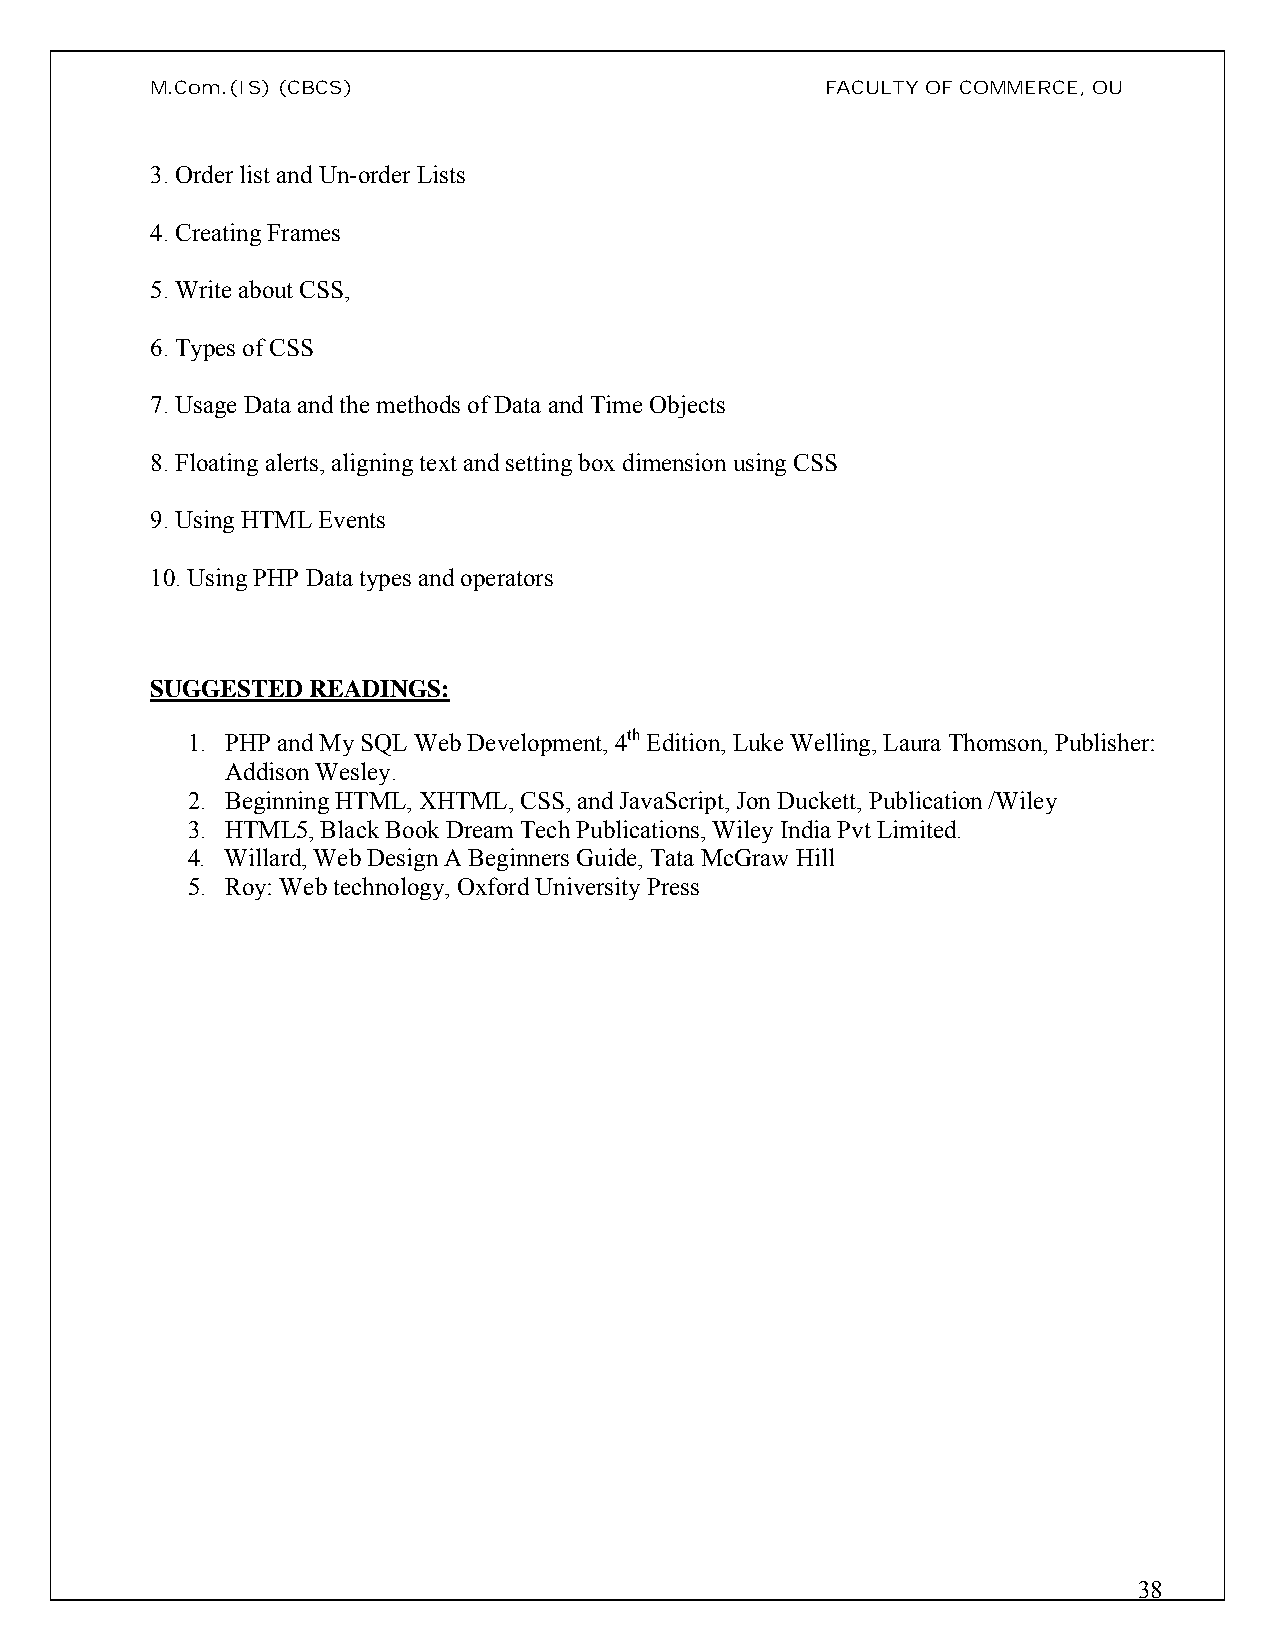
M.Com.(IS)(CBCS)                             FACULTY OF COMMERCE, OU
 3. Order list and Un-order Lists
 4. Creating Frames
 5. Write about CSS,
 6. Types of CSS
 7. Usage Data and the methods of Data and Time Objects
 8. Floating alerts, aligning text and setting box dimension using CSS
 9. Using HTML Events
 10. Using PHP Data types and operators
 SUGGESTED READINGS:
 1. PHP and My SQL Web Development, 4th Edition, Luke Welling, Laura Thomson, Publisher:
 Addison Wesley.
 2. Beginning HTML, XHTML, CSS, and JavaScript, Jon Duckett, Publication /Wiley
 3. HTML5, Black Book Dream Tech Publications, Wiley India Pvt Limited.
 4. Willard, Web Design A Beginners Guide, Tata McGraw Hill
 5. Roy: Web technology, Oxford University Press
 38